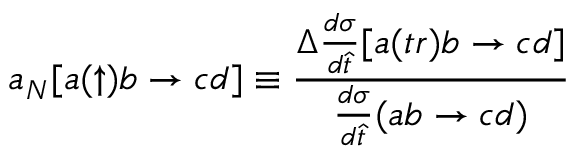
a _ { N } [ a ( \uparrow ) b \to c d ] \equiv { \frac { \Delta { \frac { d \sigma } { d \hat { t } } } [ a ( t r ) b \to c d ] } { { \frac { d \sigma } { d \hat { t } } } ( a b \to c d ) } }